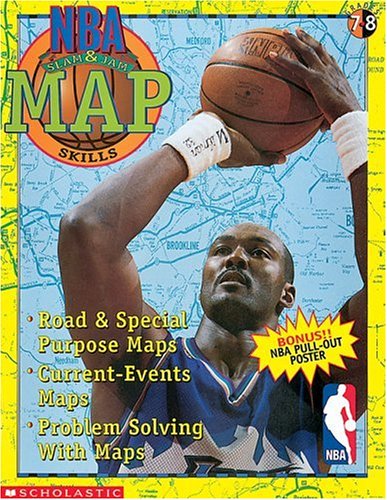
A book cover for NBA Slam and Jam Skills Map (NBA Slam & Jam Skills Series); Teen & Young Adult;